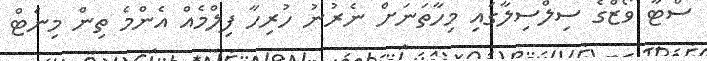
ސްޓާ ވޯޒްގެ ސިލްސިލާގައި މިހާތަނަށް ނެރުނު ހުރިހާ ފިލްމެއް އެންމެ ތިން މިނެޓް